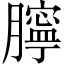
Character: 𦡲